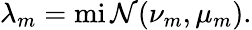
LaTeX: \lambda_{m}=\operatorname*{mi\mathcal{N}}(\nu_{m},\mu_{m}).